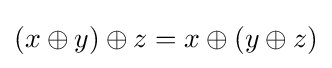
(x\oplus y)\oplus z=x\oplus (y\oplus z)